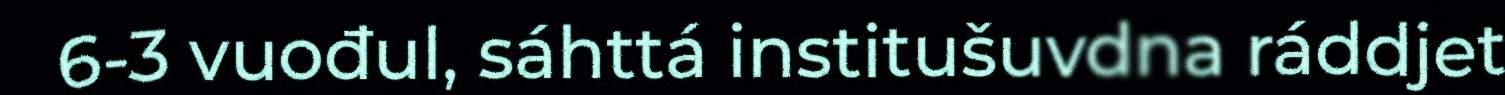
6-3 vuođul, sáhttá institušuvdna ráddjet